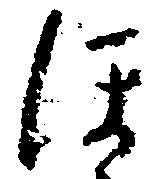
ほ